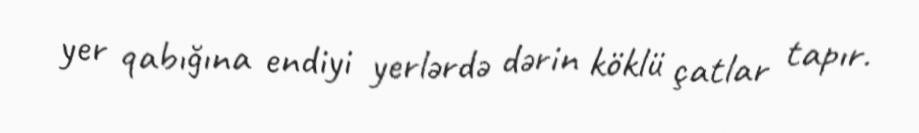
yer qabığına endiyi yerlərdə dərin köklü çatlar tapır.